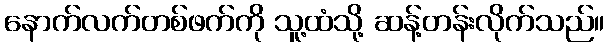
နောက်လက်တစ်ဖက်ကို သူ့ထံသို့ ဆန့်တန်းလိုက်သည်။